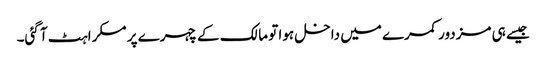
جیسے ہی مزدور کمرے میں داخل ہوا تو مالک کے چہرے پر مسکراہٹ آ گئی۔